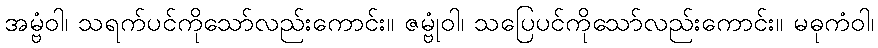
အမ္ဗံဝါ၊ သရက်ပင်ကိုသော်လည်းကောင်း။ ဇမ္ဗုံဝါ၊ သပြေပင်ကိုသော်လည်းကောင်း။ မဓုကံဝါ၊